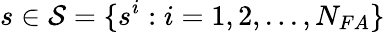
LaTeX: s\in\mathcal{S}=\{ s^{i}:i=1,2,...,N_{FA}\}